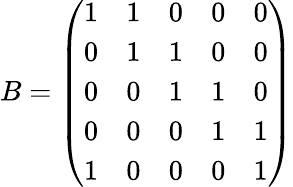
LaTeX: B=\left(\begin{array}{lllll}{1}&{1}&{0}&{0}&{0}\\ {0}&{1}&{1}&{0}&{0}\\ {0}&{0}&{1}&{1}&{0}\\ {0}&{0}&{0}&{1}&{1}\\ {1}&{0}&{0}&{0}&{1}\end{array}\right)